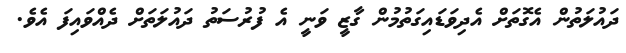
ދައުލަތުން އެގޮތަށް އެދިވަޑައިގަތުމުން ގާޒީ ވަނީ އެ ފުރުސަތު ދައުލަތަށް ދެއްވައިފަ އެވެ.